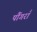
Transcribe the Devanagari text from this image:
पौंगराँ